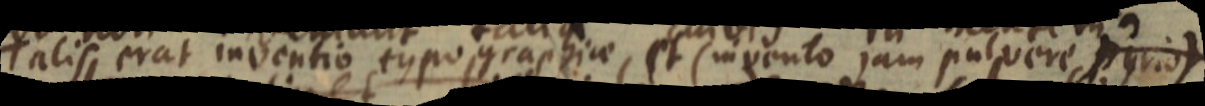
Talis erat inventio typographiae et (invento jam pulvere pyrio)